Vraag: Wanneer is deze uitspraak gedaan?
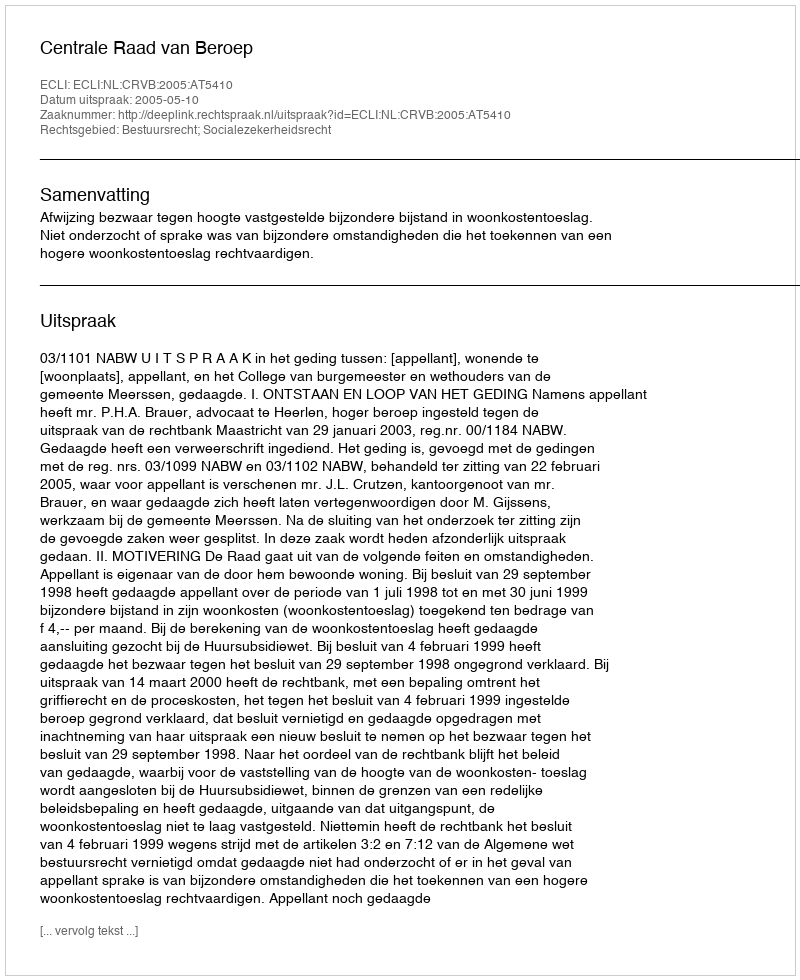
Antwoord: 2005-05-10